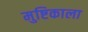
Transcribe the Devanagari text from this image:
मुष्टिकाला